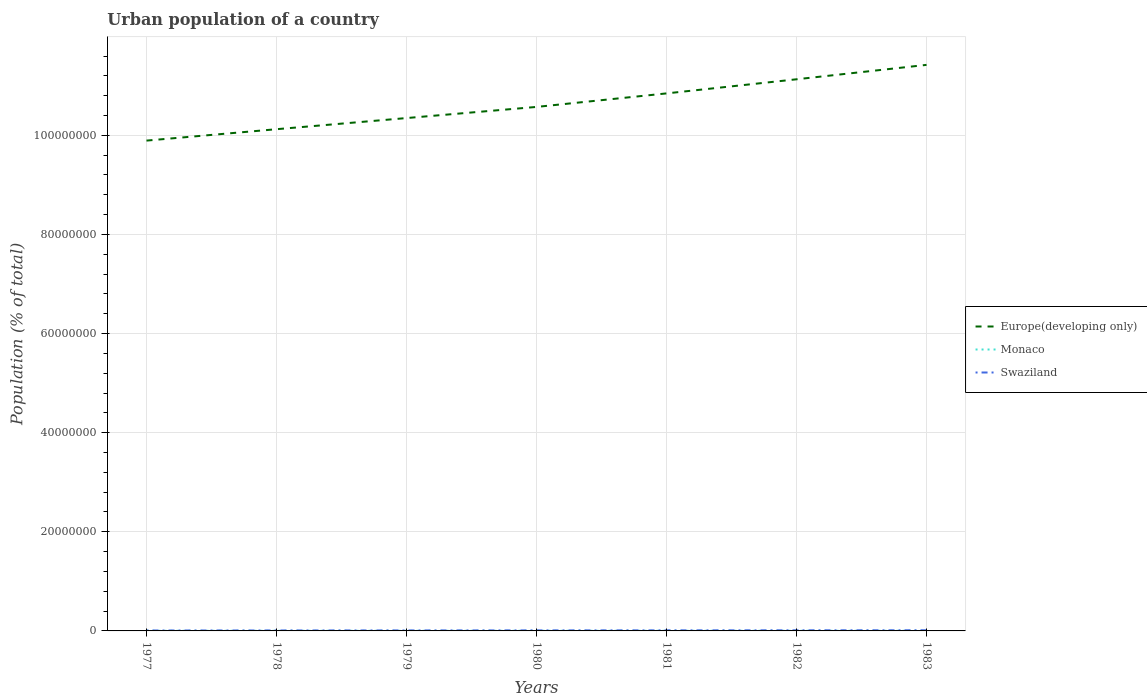
| Years | Europe(developing only) | Monaco | Swaziland |
 | --- | --- | --- | --- |
 | 1977 | 9.89e+07 | 2.58e+04 | 8.67e+04 |
 | 1978 | 1.01e+08 | 2.61e+04 | 9.32e+04 |
 | 1979 | 1.03e+08 | 2.64e+04 | 1e+05 |
 | 1980 | 1.06e+08 | 2.67e+04 | 1.08e+05 |
 | 1981 | 1.08e+08 | 2.72e+04 | 1.15e+05 |
 | 1982 | 1.11e+08 | 2.76e+04 | 1.24e+05 |
 | 1983 | 1.14e+08 | 2.81e+04 | 1.33e+05 |